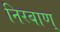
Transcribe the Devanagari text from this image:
निरबाण्